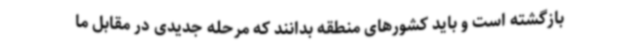
بازگشته است و باید کشورهای منطقه بدانند که مرحله جدیدی در مقابل ما